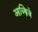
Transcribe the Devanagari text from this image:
आव्स्त्रिजे